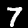
Digit: 7